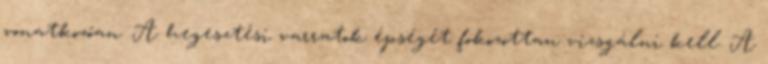
vonatkozóan. A hegesztési varratok épségét fokozottan vizsgálni kell. A